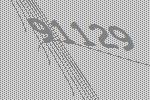
91129